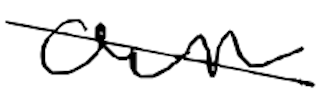
Text: own
Cross-out: diagonal
Writing tool: digital_black